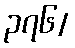
၃၇၆/